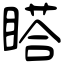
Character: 𥉌